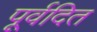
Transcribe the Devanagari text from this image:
पूर्वदित